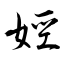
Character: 娙